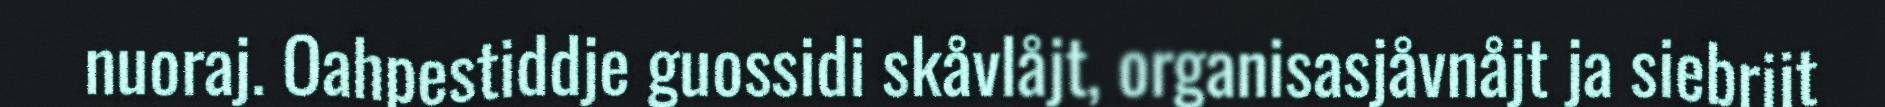
nuoraj. Oahpestiddje guossidi skåvlåjt, organisasjåvnåjt ja siebrijt